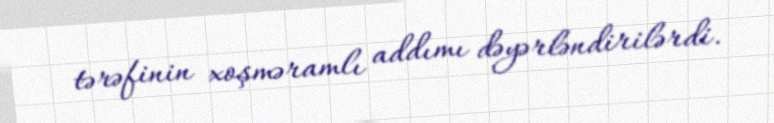
tərəfinin xoşməramlı addımı dəyərləndirilərdi.